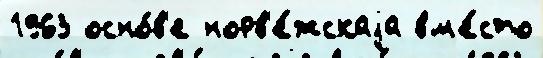
1963 осно́в'е норв'е́жскаjа вм'е́сто